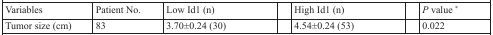
| Variables | Patient No. | Low Id1 (n) |  | High Id1 (n) |  | P value * |
 | --- | --- | --- | --- | --- | --- | --- |
 | Tumor size (cm) | 83 | 3.70±0.24 (30) |  | 4.54±0.24 (53) |  | 0.022 |